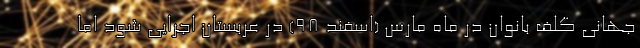
جهانی گلف بانوان در ماه مارس (اسفند 98) در عربستان اجرایی شود اما